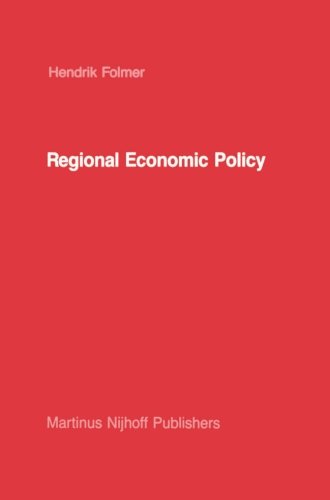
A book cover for Regional Economic Policy: Measurement of its Effect (Studies in Operational Regional Science); Henk Folmer; Business & Money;